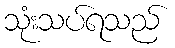
သုံးသပ်ရသည်